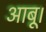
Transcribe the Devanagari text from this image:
आबू।